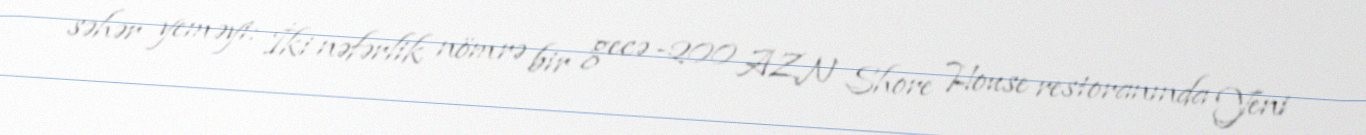
səhər yeməyi: İki nəfərlik nömrə bir gecə -200 AZN Shore House restoranında Yeni